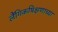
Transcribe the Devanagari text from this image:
लैंगिकषिक्षणाच्या